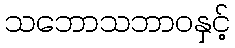
သဘောသဘာဝနှင့်